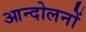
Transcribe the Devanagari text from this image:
आन्‍दोलनों